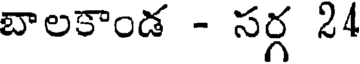
బాలకాండ - సర్గ 24